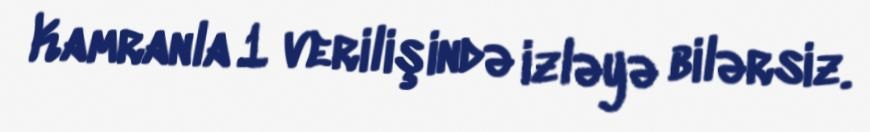
Kamranla 1 verilişində izləyə bilərsiz.